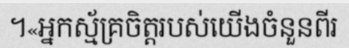
។«អ្នកស្ម័គ្រចិត្តរបស់យើងចំនួនពីរ